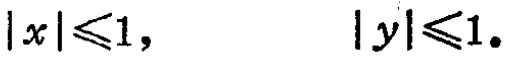
\(|x|\leqslant1,\quad |y|\leqslant1.\)